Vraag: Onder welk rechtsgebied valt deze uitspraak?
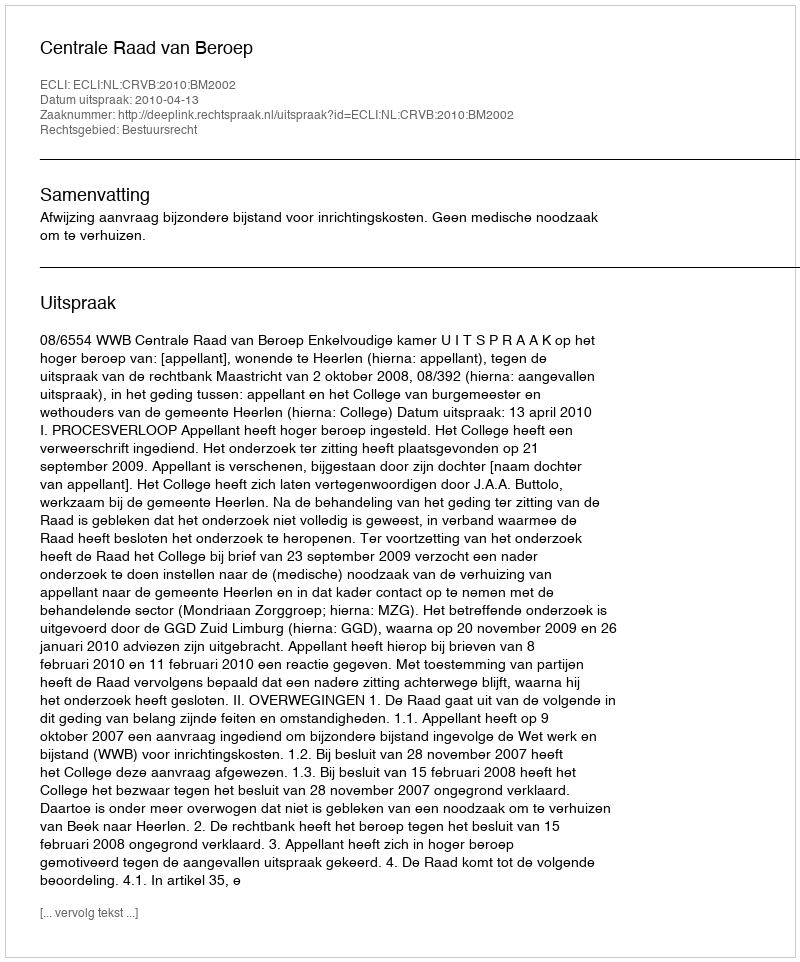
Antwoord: Bestuursrecht